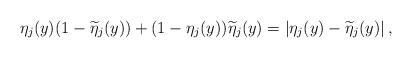
LaTeX: \begin{align*}\eta_j(y) (1- \widetilde\eta_j(y))+(1-\eta_j(y)) \widetilde\eta_j(y)= |\eta_j(y)- \widetilde\eta_j(y)|\, ,\end{align*}